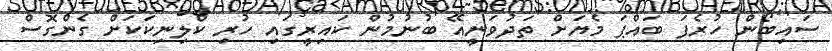
ސައިބޯން ހުރެފަ ބައްޕަ މެޔަށް ތަދުވަނީއޭ ބުނުމުން ކައިރީގައި ހުރި ކްލިނިކަކަށް ގެންގޮސް